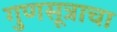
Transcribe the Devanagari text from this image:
गुणसूत्राचा